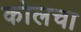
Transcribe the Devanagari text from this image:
कोलचा